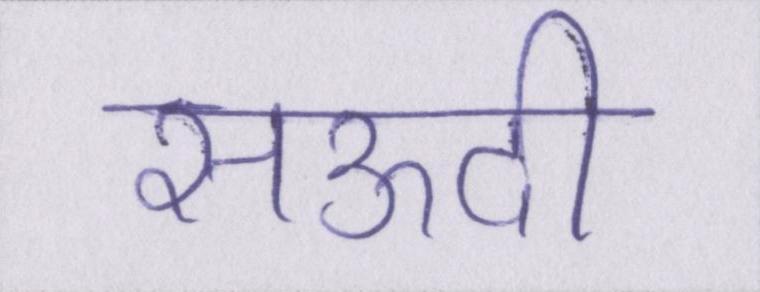
सऊदी